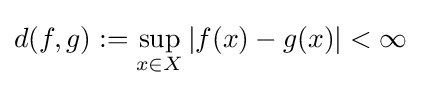
d(f,g):=\sup _{x\in X}|f(x)-g(x)|<\infty